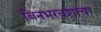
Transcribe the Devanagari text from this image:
बिनभरवशाचा